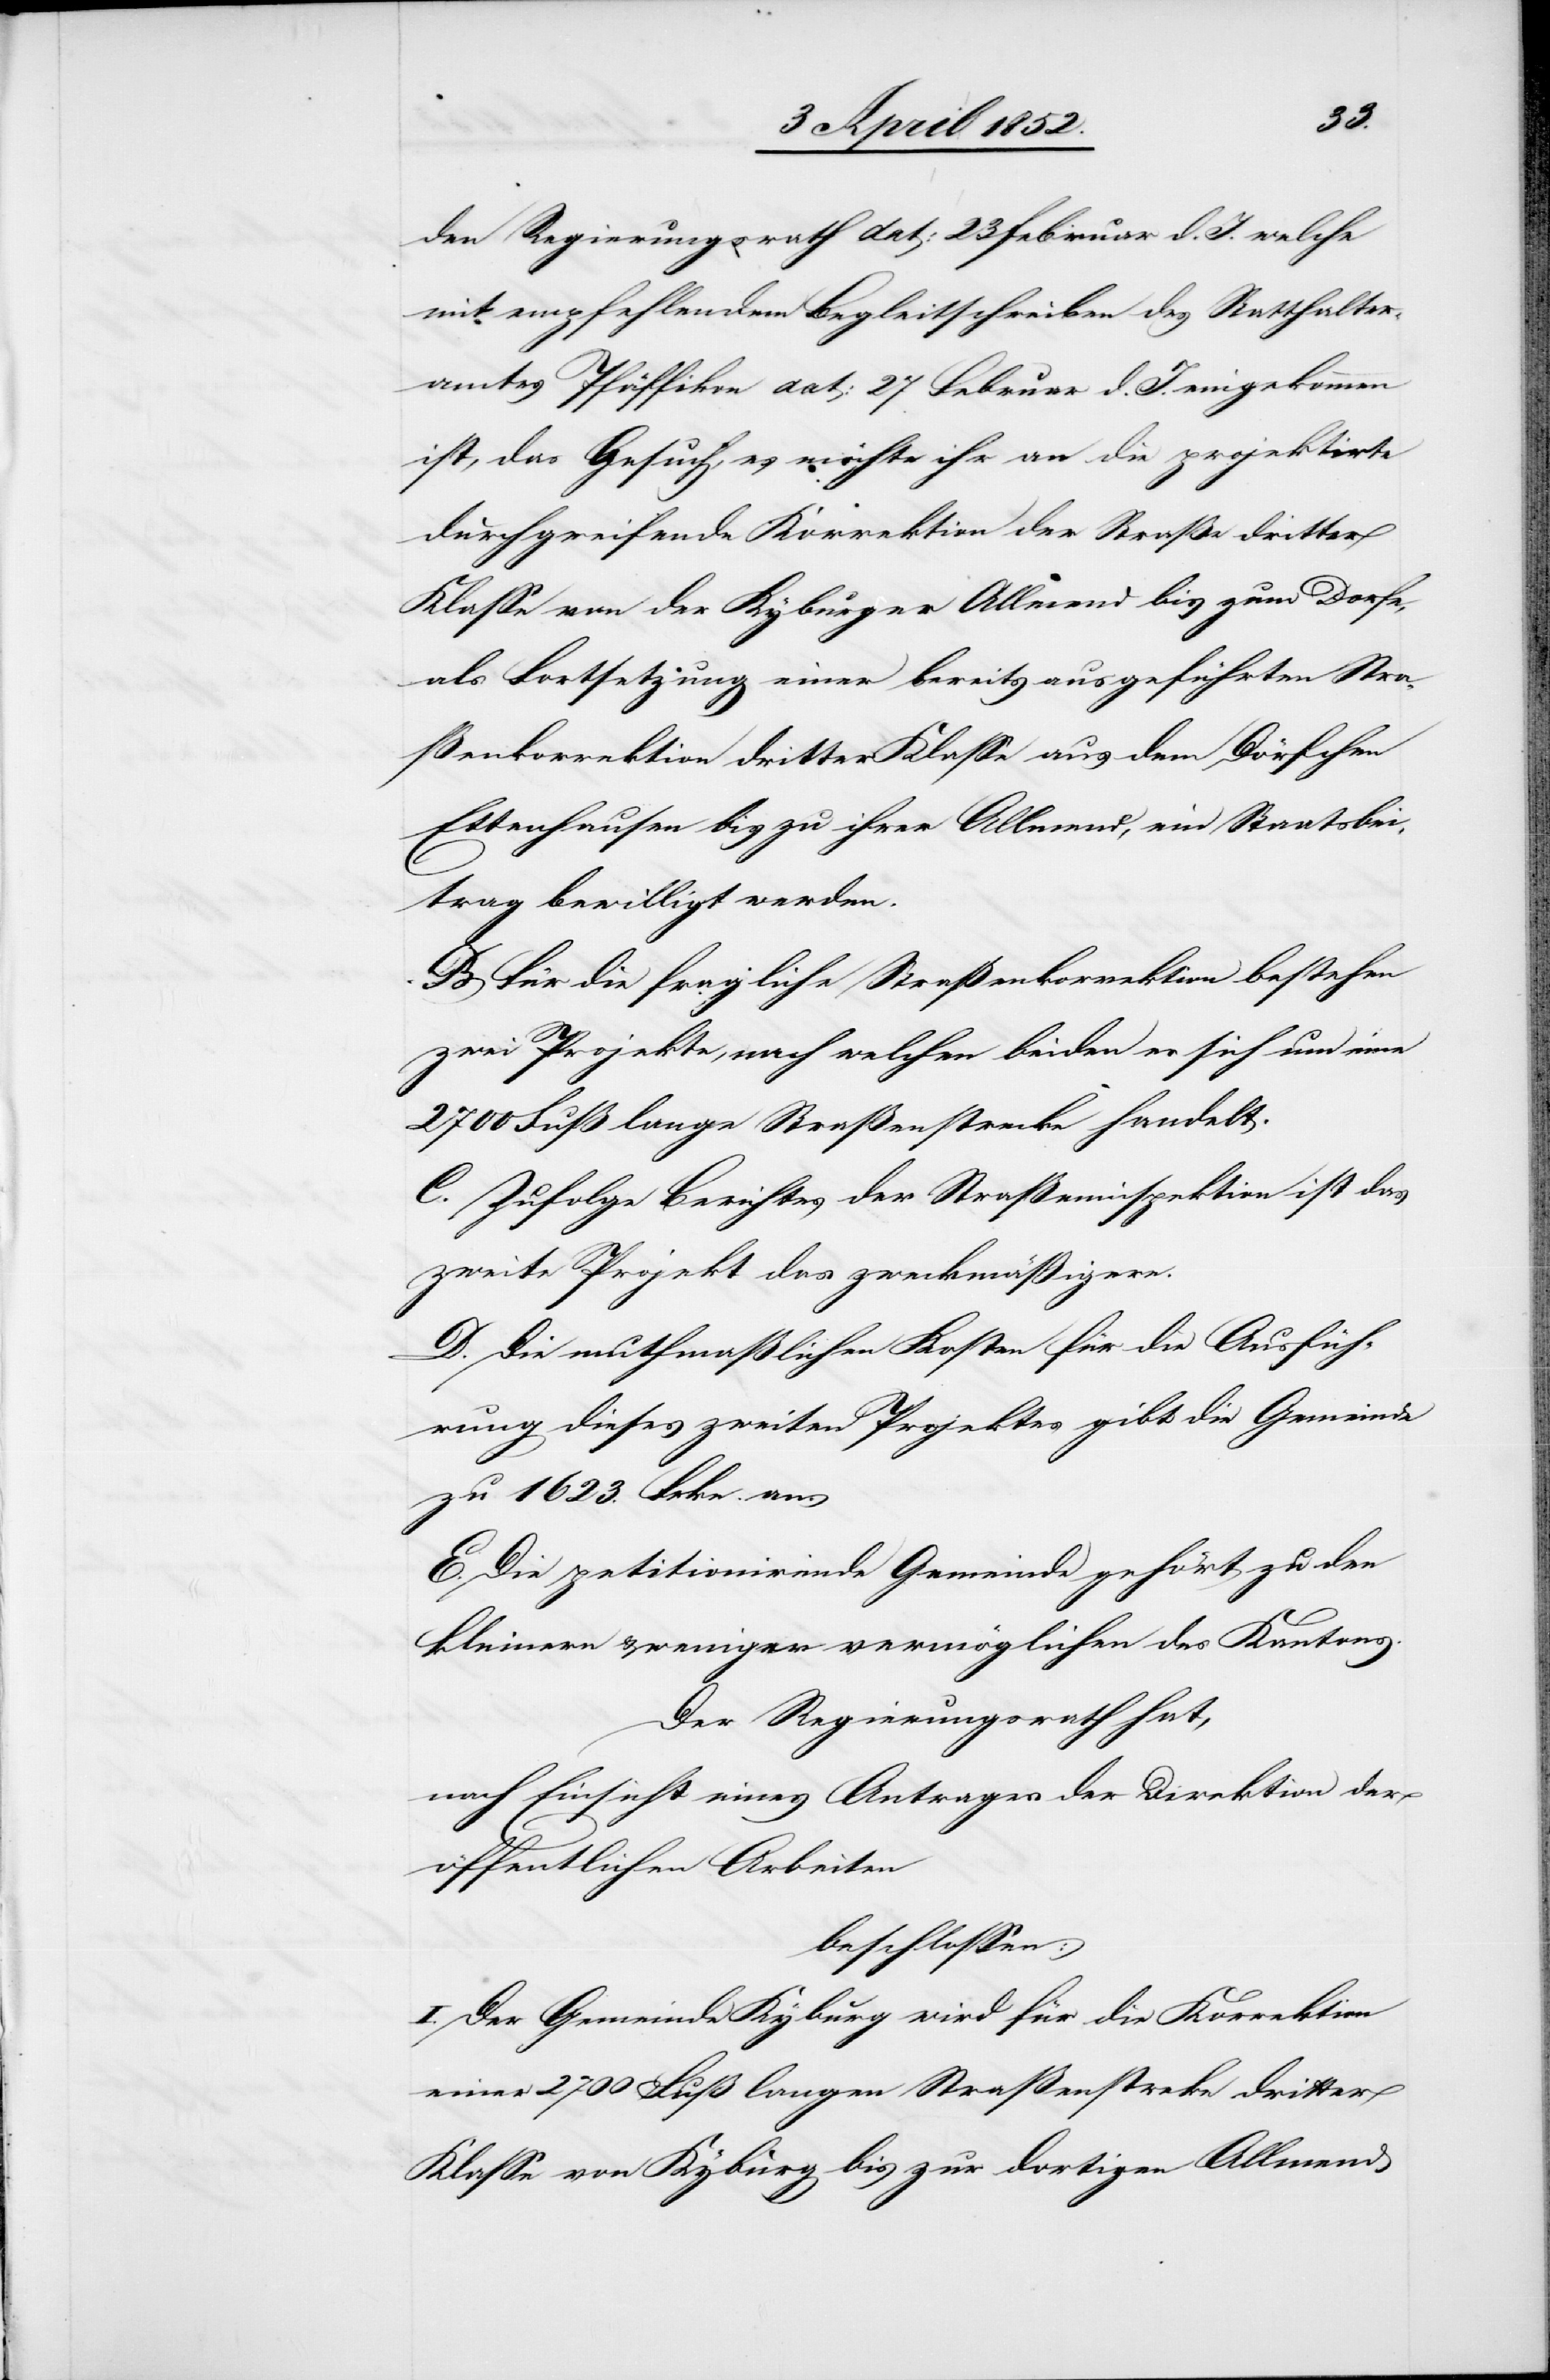
den Regierungsrath dat: 23 Februar d. J. welche
mit empfehlendem Begleitschreiben des Statthalter¬
amtes Pfäffikon dat: 27 Februar d. J. eingekommen
ist, das Gesuch, es möchte ihr an die projektirte
durchgreifende Korrektion der Straße dritter
Klasse von der Kyburger Allmend bis zum Dorfe,
als Fortsetzung einer bereits ausgeführten Stra¬
ßenkorrektion dritter Klasse aus dem Dörfchen
Ettenhausen bis zu ihrer Allmend, ein Staatsbei¬
trag bewilligt werden.
B Für die fragliche Straßenkorrektion bestehen
zwei Projekte, nach welchen beiden es sich um eine
2700 Fuß lange Straßenstrecke handelt.
C. Zufolge Berichtes der Straßeninspektion ist das
zweite Projekt das zweckmäßigere.
D. Die muthmaßlichen Kosten für die Ausfüh¬
rung dieses zweiten Projektes gibt die Gemeinde
zu 1623. Frkn. an.
E. Die petitionirende Gemeinde gehört zu den
kleinern & weniger vermöglichen des Kantons.
Der Regierungsrath hat,
Einsicht eines Antrages der Direktion der
öffentlichen Arbeiten
beschlossen:
I. Der Gemeinde Kyburg wird für die Korrektion
einer 2700 Fuß langen Straßenstre[c]ke dritter
Klasse von Kyburg bis zur dortigen Allmend